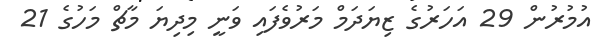
އުމުރުން 29 އަހަރުގެ ޒިޔަދަމް މަރުވެފައި ވަނީ މިދިޔަ މާޗް މަހުގެ 21